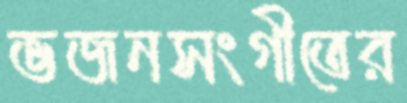
ভজনসংগীতের